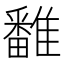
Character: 𩀷